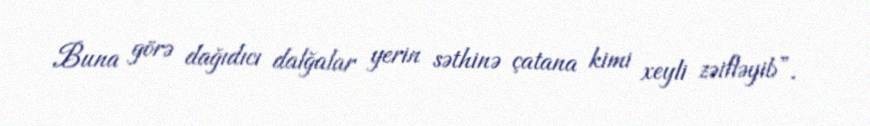
Buna görə dağıdıcı dalğalar yerin səthinə çatana kimi xeyli zəifləyib”.